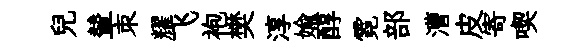
兒輦朿耀飞袍樊淳媮醇霓部漕皮寄喫